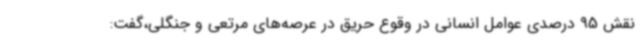
نقش 95 درصدی عوامل انسانی در وقوع حریق در عرصه‌های مرتعی و جنگلی،گفت: